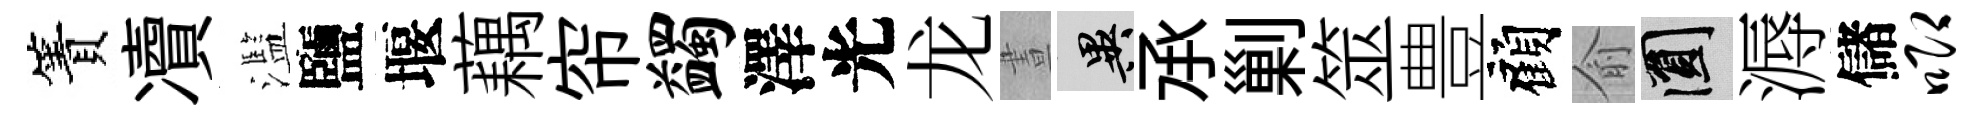
簀凟濫鹽堰藕帘蠲澤光龙晝异𠄘剿筮豊顧俞圓溽儲唧